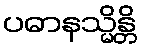
ပဓာနသ္မိန္တိ